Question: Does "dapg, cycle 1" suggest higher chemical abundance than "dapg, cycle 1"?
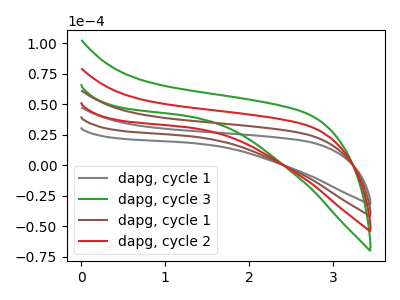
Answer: <think>The gray curve "dapg, cycle 1" has no peaks. The green curve "dapg, cycle 3" has no peaks. The brown curve "dapg, cycle 1" has no peaks. The red curve "dapg, cycle 2" has no peaks.
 Neither "dapg, cycle 1" or "dapg, cycle 1" have any peaks.</think>
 <answer>I cant tell if "dapg, cycle 1" or "dapg, cycle 1" has more signal.</answer>
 <eval>mixed_signal</eval>